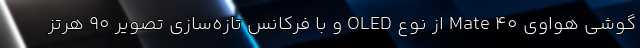
گوشی هواوی Mate 40 از نوع OLED و با فرکانس تازه‌سازی تصویر 90 هرتز